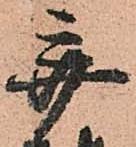
弃